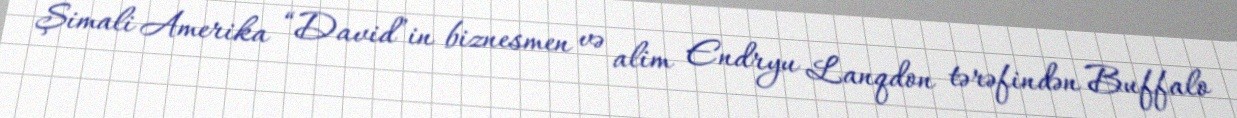
Şimali Amerika “David”in biznesmen və alim Endryu Lanqdon tərəfindən Buffalo